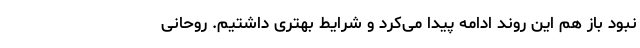
نبود باز هم این روند ادامه پیدا می‌کرد و شرایط بهتری داشتیم. روحانی